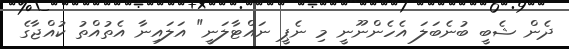
ދެން ޝެބީ ބުނެބަލަ އެހެންނޫނީ މި ނެޕީ ނައްޓާލަނީ" އަލައިނާ އެތުއްތު ކުއްޖާގެ